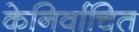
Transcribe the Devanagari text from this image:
केनिर्वाचित